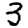
Digit: 3